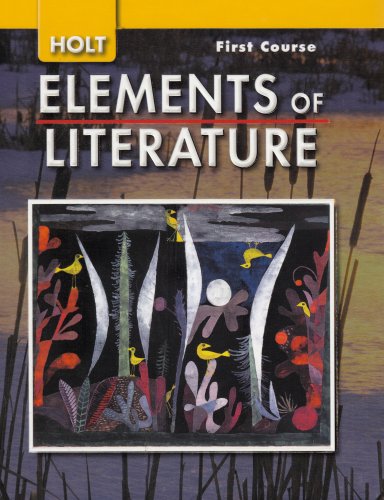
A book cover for Elements of Literature: 1st Course, Grade 7; Holt; Teen & Young Adult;